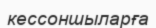
кессоншыларға